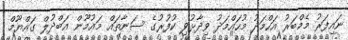
ނައިފަރު މެމްބަރު އަހްމަދު މުހައްމަދު ވިދާޅުވި ކުފުރުގެ ސަނާތައް މައުމޫން އަބްދުލް ގައްޔޫމް